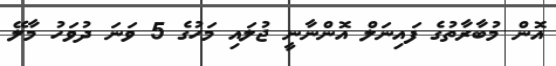
އޮން މުބާރާތުގެ ފައިނަލް އޮންނާނީ ޖުލައި މަހުގެ 5 ވަނަ ދުވަހު މާލޭ